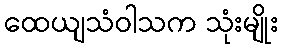
ထေယျသံဝါသက သုံးမျိုး